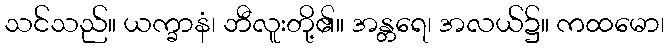
သင်သည်။ ယက္ခာနံ၊ ဘီလူးတို့၏။ အန္တရေ၊ အလယ်၌။ ကထမော၊